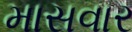
માસવાર